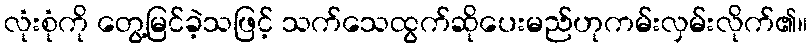
လုံးစုံကို တွေ့မြင်ခဲ့သဖြင့် သက်သေထွက်ဆိုပေးမည်ဟုကမ်းလှမ်းလိုက်၏။